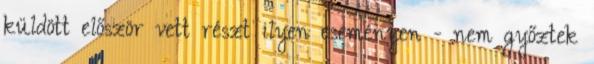
küldött először vett részt ilyen eseményen - nem győztek